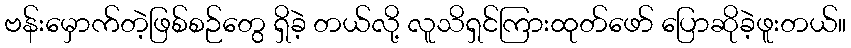
ဗန်းမှောက်တဲ့ဖြစ်စဉ်တွေ ရှိခဲ့ တယ်လို့ လူသိရှင်ကြားထုတ်ဖော် ပြောဆိုခဲ့ဖူးတယ်။